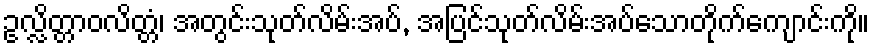
ဥလ္လိတ္တာဝလိတ္တံ၊ အတွင်းသုတ်လိမ်းအပ်, အပြင်သုတ်လိမ်းအပ်သောတိုက်ကျောင်းကို။